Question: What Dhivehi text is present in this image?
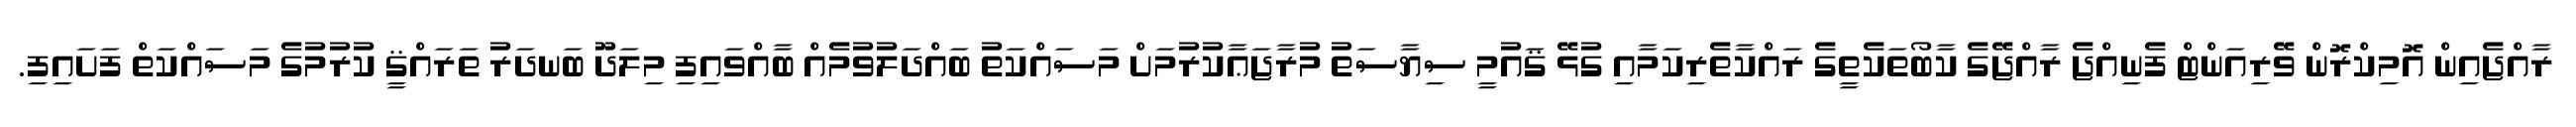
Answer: ރާއްޖެއިން އޮމިކްރޮން ވޭރިއަންޓް ފެނިއްޖެ ރާއްޖޭގެ ކާބޯތަކެތީގެ ރައްކާތެރިކަމާއި ގުޅޭ ޤައުމީ ސިޔާސަތު މުރާޖަޢާކުރުމަށް މަސައްކަތު ބައްދަލުވުމެއް ބާއްވައިފި މިލަދޫ ބަނދަރު ތަރައްޤީ ކުރުމުގެ މަސައްކަތް ފަށައިފި.